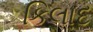
કિલાદ